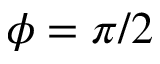
\phi = \pi / 2